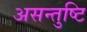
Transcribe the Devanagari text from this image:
असन्तुष्टि